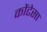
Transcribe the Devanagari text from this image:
कोंटेसा